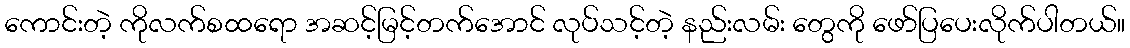
ကောင်းတဲ့ ကိုလက်စထရော အဆင့်မြင့်တက်အောင် လုပ်သင့်တဲ့ နည်းလမ်း တွေကို ဖော်ပြပေးလိုက်ပါတယ်။